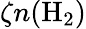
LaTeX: \zeta n(\mathrm{{H}_{2})}